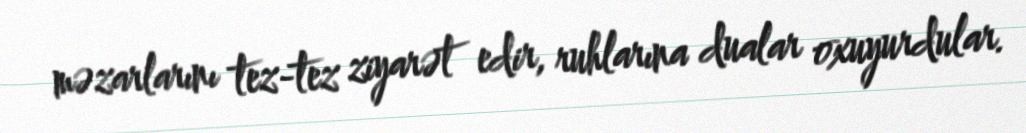
məzarlarını tez-tez ziyarət edir, ruhlarına dualar oxuyurdular.